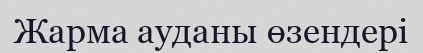
Жарма ауданы өзендері